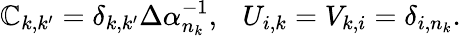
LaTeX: \mathbb{C}_{k,k^{\prime}}=\delta_{k,k^{\prime}}\Delta\alpha_{n_{k}}^{-1},\ \ \ U_{i,k}=V_{k,i}=\delta_{i,n_{k}}.